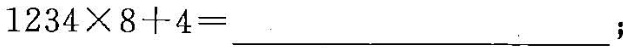
$$1 2 3 4 \times 8 + 4 =$$；